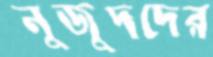
নুজুদদের